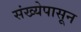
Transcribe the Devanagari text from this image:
संख्येपासून